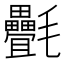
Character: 㲲